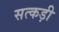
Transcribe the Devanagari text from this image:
सत्कड़ी